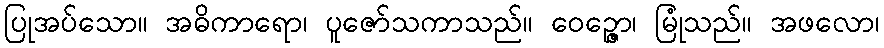
ပြုအပ်သော။ အဓိကာရော၊ ပူဇော်သကာသည်။ ဝေဉ္ဇော၊ မြုံသည်။ အဖလော၊